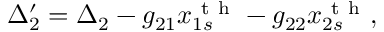
\Delta _ { 2 } ^ { \prime } = \Delta _ { 2 } - g _ { 2 1 } x _ { 1 s } ^ { \mathrm { ~ t ~ h ~ } } - g _ { 2 2 } x _ { 2 s } ^ { \mathrm { ~ t ~ h ~ } } ,